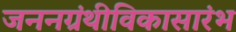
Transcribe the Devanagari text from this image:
जननग्रंथीविकासारंभ